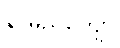
နာမည်ကျော်